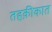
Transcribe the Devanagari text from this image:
तहक़ीकात